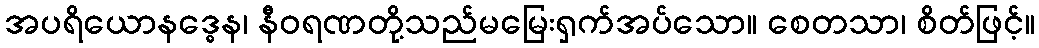
အပရိယောနဒ္ဓေန၊ နီဝရဏတို့သည်မမြေးရှက်အပ်သော။ စေတသာ၊ စိတ်ဖြင့်။